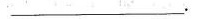
_____.